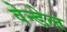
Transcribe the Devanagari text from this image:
वेन्डेल